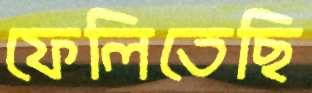
ফেলিতেছি